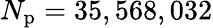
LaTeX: N_{\mathrm{p}}=35,568,032